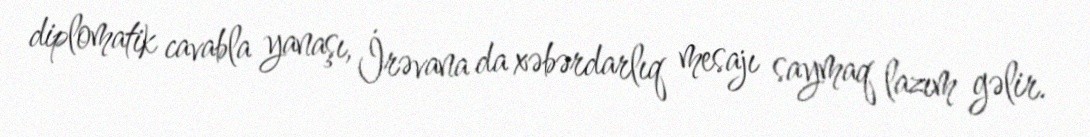
diplomatik cavabla yanaşı, İrəvana da xəbərdarlıq mesajı saymaq lazım gəlir.